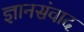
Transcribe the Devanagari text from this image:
ज्ञानसंवाद